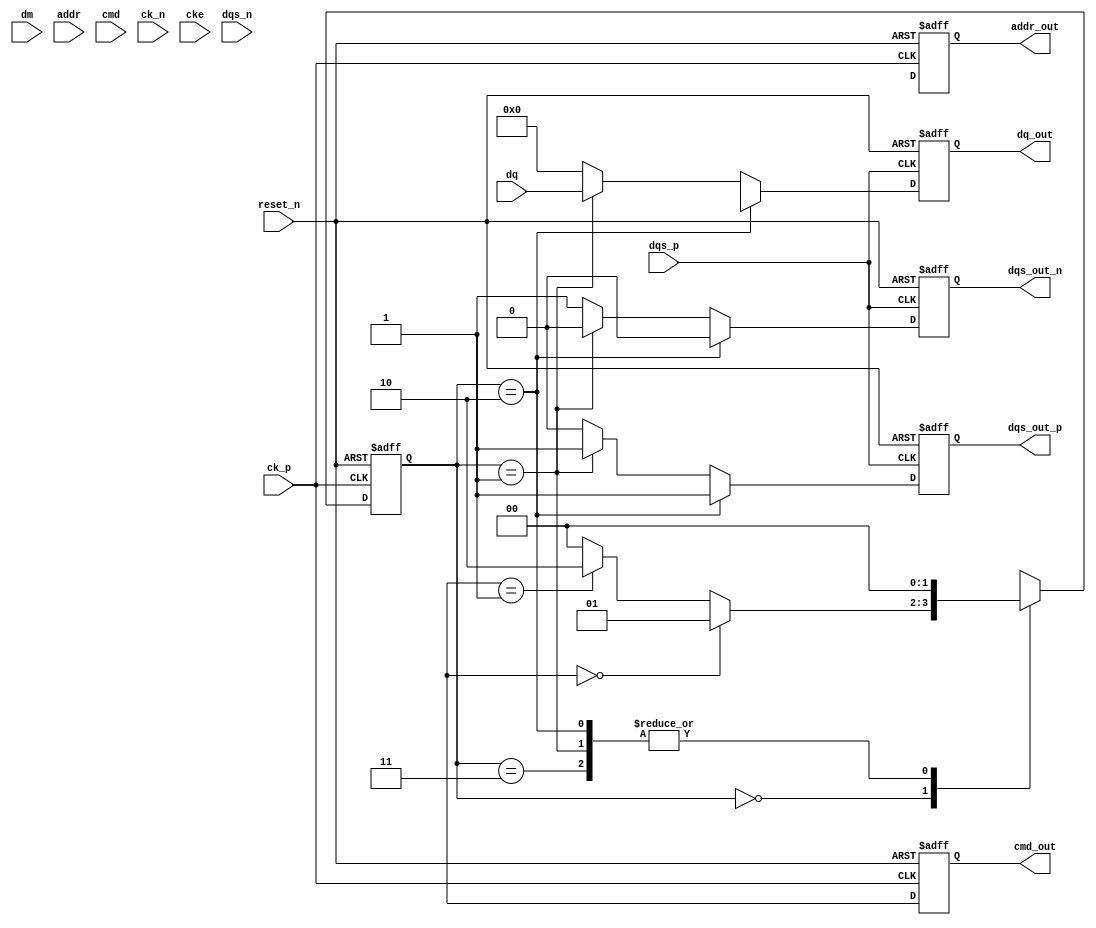
module ddr4_io_block (
    // Input signals
    input wire [DQ_WIDTH-1:0] dq,          // Data I/O
    input wire [DM_WIDTH-1:0] dm,          // Data Mask
    input wire [ADDR_WIDTH-1:0] addr,      // Address
    input wire [CMD_WIDTH-1:0] cmd,        // Command
    input wire ck_p,                        // Clock positive
    input wire ck_n,                        // Clock negative
    input wire cke,                         // Clock enable
    input wire reset_n,                     // Active low reset
    input wire dqs_p,                       // Data Strobe positive
    input wire dqs_n,                       // Data Strobe negative

    // Output signals
    output reg [DQ_WIDTH-1:0] dq_out,      // Data output
    output reg dqs_out_p,                   // Data Strobe output positive
    output reg dqs_out_n,                   // Data Strobe output negative
    output reg [CMD_WIDTH-1:0] cmd_out,    // Command output
    output reg [ADDR_WIDTH-1:0] addr_out    // Address output
);

// Parameters
parameter DQ_WIDTH = 8;                   // Data width
parameter DM_WIDTH = 1;                   // Data mask width
parameter ADDR_WIDTH = 16;                 // Address width
parameter CMD_WIDTH = 3;                  // Command width

// Internal signals
reg [1:0] state;                          // State machine
reg [1:0] next_state;                     // Next state
reg [DQ_WIDTH-1:0] dq_reg;                // Data register
reg [ADDR_WIDTH-1:0] addr_reg;            // Address register
reg [CMD_WIDTH-1:0] cmd_reg;              // Command register

// State definitions
localparam IDLE = 2'b00;
localparam READ = 2'b01;
localparam WRITE = 2'b10;
localparam REFRESH = 2'b11;

// State machine for I/O operations
always @(posedge ck_p or negedge reset_n) begin
    if (!reset_n) begin
        state <= IDLE;
    end else begin
        state <= next_state;
    end
end

// Next state logic
always @(*) begin
    case (state)
        IDLE: begin
            if (cmd_reg == 3'b000) // Example command for READ
                next_state = READ;
            else if (cmd_reg == 3'b001) // Example command for WRITE
                next_state = WRITE;
            else
                next_state = IDLE;
        end
        READ: begin
            // Logic for read operation
            next_state = IDLE; // Transition back to IDLE after read
        end
        WRITE: begin
            // Logic for write operation
            next_state = IDLE; // Transition back to IDLE after write
        end
        REFRESH: begin
            // Logic for refresh operation
            next_state = IDLE; // Transition back to IDLE after refresh
        end
        default: next_state = IDLE;
    endcase
end

// Data output logic
always @(posedge dqs_p or negedge reset_n) begin
    if (!reset_n) begin
        dq_out <= 0;
        dqs_out_p <= 0;
        dqs_out_n <= 0;
    end else begin
        if (state == WRITE) begin
            dq_out <= dq_reg; // Output data during write
            dqs_out_p <= 1;   // Assert DQS positive
            dqs_out_n <= 0;   // Assert DQS negative
        end else if (state == READ) begin
            dq_out <= dq;     // Read data from input
            dqs_out_p <= 1;   // Assert DQS positive
            dqs_out_n <= 0;   // Assert DQS negative
        end else begin
            dq_out <= 0;      // Default to zero when idle
            dqs_out_p <= 0;   // Deassert DQS
            dqs_out_n <= 1;   // Deassert DQS
        end
    end
end

// Command and address output logic
always @(posedge ck_p or negedge reset_n) begin
    if (!reset_n) begin
        cmd_out <= 0;
        addr_out <= 0;
    end else begin
        cmd_out <= cmd_reg; // Output command
        addr_out <= addr_reg; // Output address
    end
end

endmodule